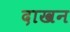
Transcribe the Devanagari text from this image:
दाखन